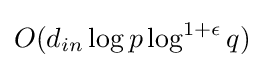
O(d_{in}\log p\log ^{1+\epsilon }q)